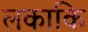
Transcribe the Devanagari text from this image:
लकाकि